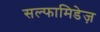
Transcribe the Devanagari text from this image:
सल्फामिडेज़